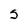
Character: S